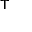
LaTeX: ^ { \mathsf { T } }